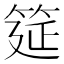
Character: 筵